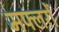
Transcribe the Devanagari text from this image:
मफ्लरों